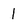
Character: 1